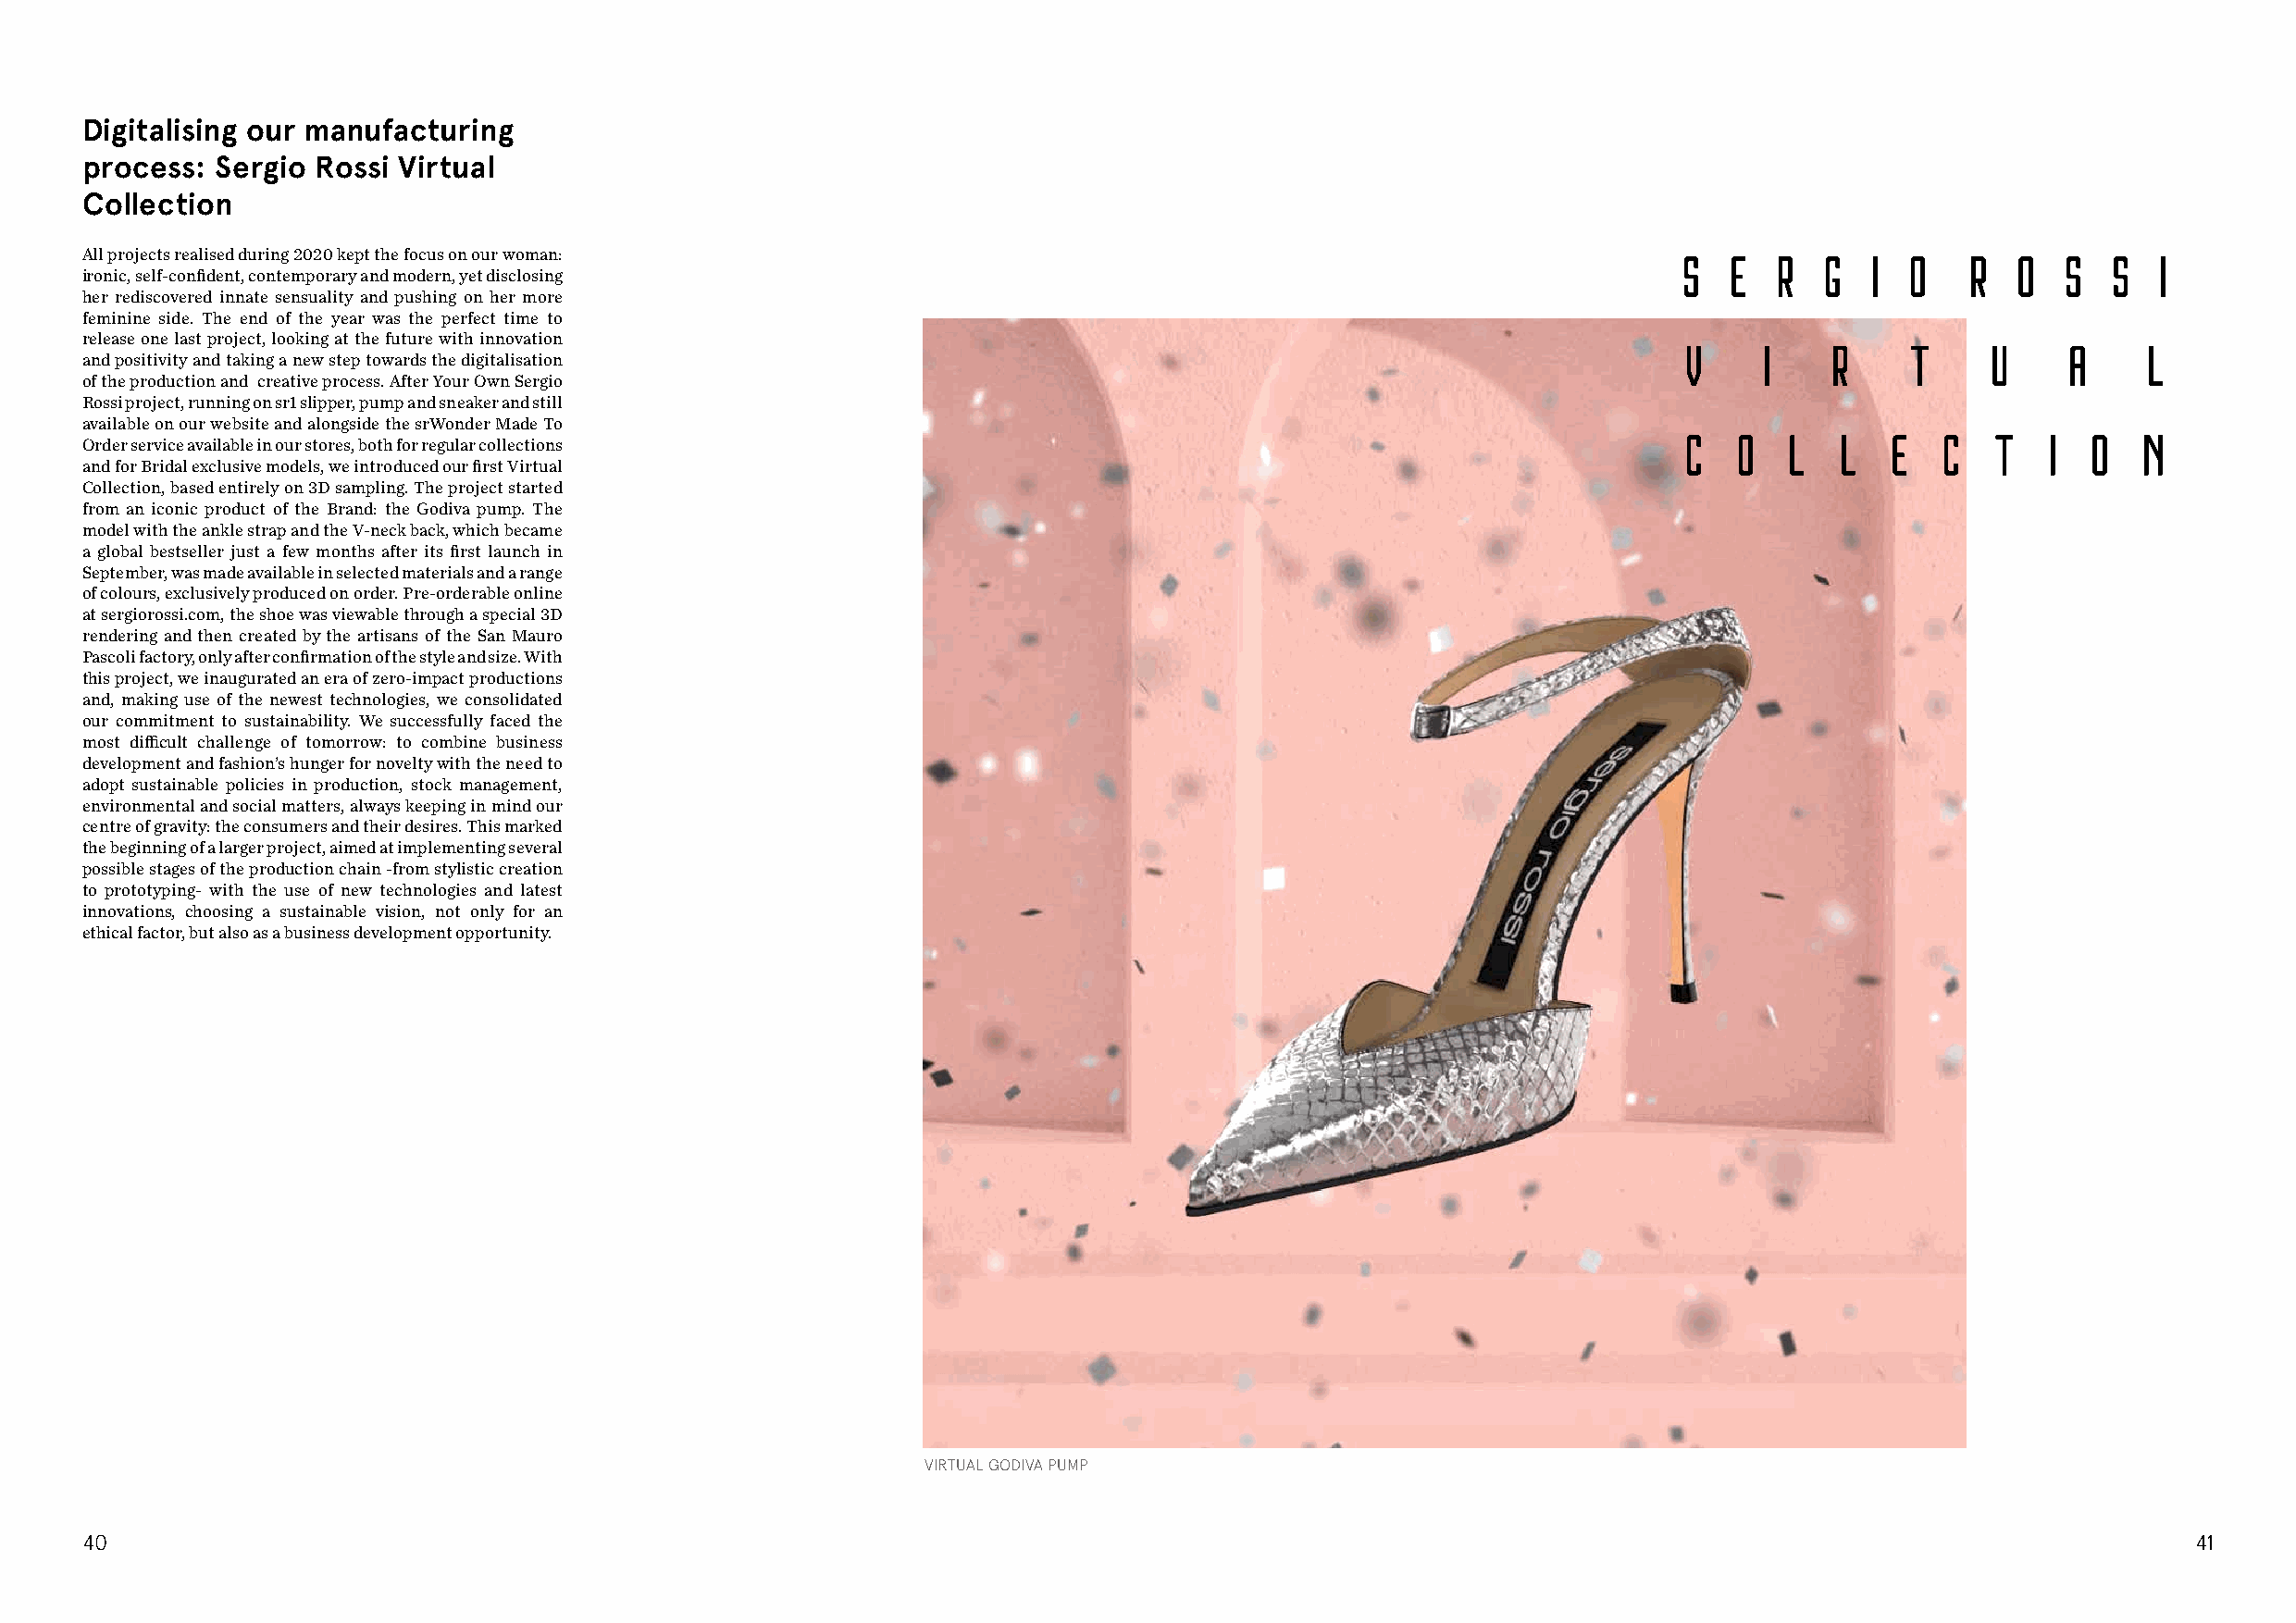
Digitalising our manufacturing
 process: Sergio  Rossi Virtual
 Collection
 All projects realised during 2020 kept the focus on our woman:
 ironic, self-confident, contemporary and modern, yet disclosing
 her rediscovered innate sensuality and pushing on her more
 feminine side. The end of the year was the perfect time to
 release one last project, looking at the future with innovation
 and positivity and taking a new step towards the digitalisation
 of the production and creative process. After Your Own Sergio
 Rossi project, running on sr1 slipper, pump and sneaker and still
 available on our website and alongside the srWonder Made To
 Order service available in our stores, both for regular collections
 and for Bridal exclusive models, we introduced our first Virtual
 Collection, based entirely on 3D sampling. The project started
 from an iconic product of the Brand: the Godiva pump. The
 model with the ankle strap and the V-neck back, which became
 a global bestseller just a few months after its first launch in
 September, was made available in selected materials and a range
 of colours, exclusively produced on order. Pre-orderable online
 at sergiorossi.com, the shoe was viewable through a special 3D
 rendering and then created by the artisans of the San Mauro
 Pascoli factory, only after confirmation of the style and size. With
 this project, we inaugurated an era of zero-impact productions
 and, making use of the newest technologies, we consolidated
 our commitment to sustainability. We successfully faced the
 most difficult challenge of tomorrow: to combine business
 development and fashion’s hunger for novelty with the need to
 adopt sustainable policies in production, stock management,
 environmental and social matters, always keeping in mind our
 centre of gravity: the consumers and their desires. This marked
 the beginning of a larger project, aimed at implementing several
 possible stages of the production chain -from stylistic creation
 to prototyping- with the use of new technologies and latest
 innovations, choosing a sustainable vision, not only for an
 ethical factor, but also as a business development opportunity.
 VIRTUAL GODIVA PUMP
 40                                                                                                                                                     41